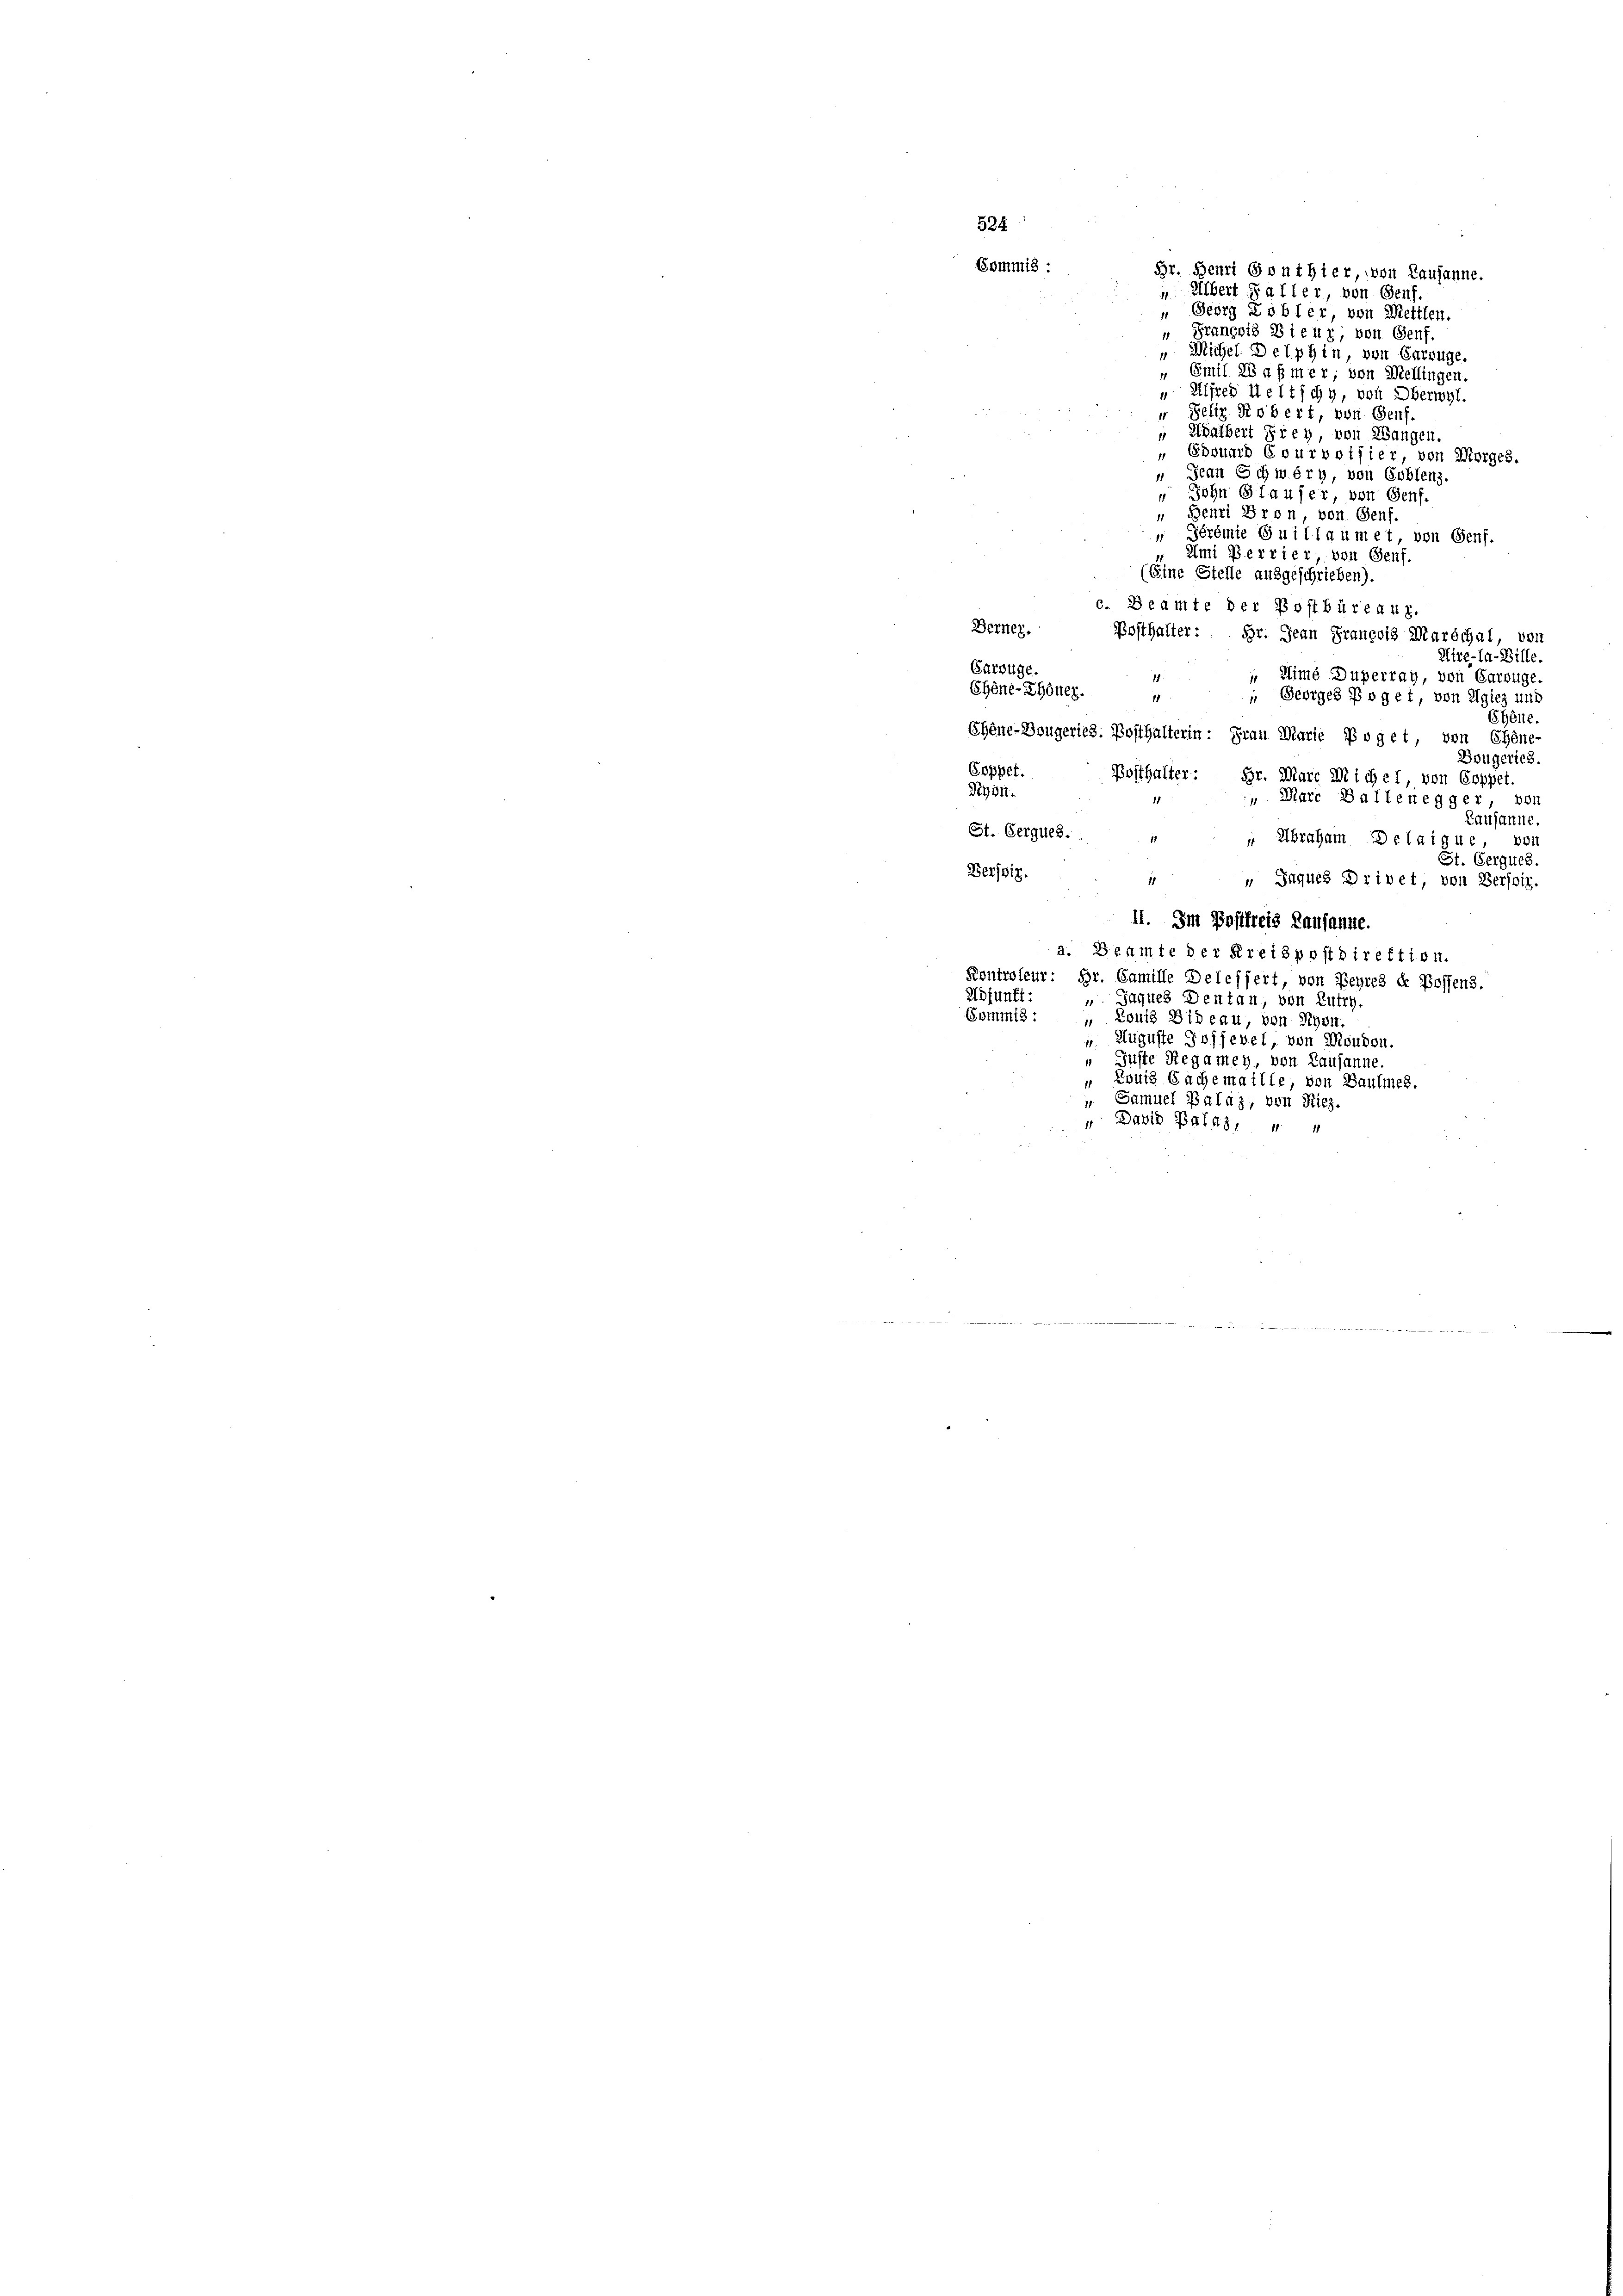
„ Prançois Bieur, von Genf.
" Michel Delphin von Carrüge.
" Emil 28 g pmer; von Mellingen.
 Alfred Meltschy, von Oberwyl.
" Selig Robert, von Genf.
Adalbert Frey, von Wangen.
Edouard Courvoisier, von Morges,
 Seren Schwerg, von Coblenz.
John Glaufer, von Genf.
 Benri Pron, von Genf
 Térémie Guillaumet, von Genf.
Umi Perrier, von Genf.
(Eine Stelle ausgeschrieben).
c. Beamte der Postbüreaux.
Berner.
Posthalter: Hr. Jean Francois Marschal, von
Hire-la-Bille.
Carzüge.
11
 Mime Duperrat, von Carouge.
Ehène-Thöner.
 Georges Poget, von Algiez und
18
Chene
Ehène-Bougeries. Posthalterin: Frau Marie Poget, von Chene-
Bougerich.
Coppet.
Posthalter: Hr. Marc Michel, von Coppet.
Ryon.
 Marc Ballenegger, von
Lausanne.
St. Gerques. : 1
 Abraham Delaigue, von
St. Gerques
Berssiz.
„ Jaques Drivet, von Verson.
II. Im Postfreis Lausanne.
a. Beamte der Kreispostdirektion.
Kontroleur: Hr. Famille Delessert, von Beyres der Possens.
Adfunft.
 Jaques Dentan, von Lutry.
Gommis : „ Louis Bideau, von Schon.
 Auguste Jojjevel, von Moudon.
„ Guste Regamey, von Lausanne.
" Louis Bachemaille, von Baumes.
„ Samuel Palaz, von Riez
 David Palas, " "

Br. Henri Gont hier, von Lausanne.
 Übert Faller, von Genf.
„ Georg Löbler, von Mettlen.

524
Commis :